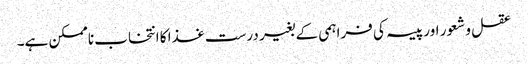
عقل و شعور اور پیسہ کی فراہمی کے بغیر درست غذا کا انتخاب ناممکن ہے۔